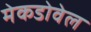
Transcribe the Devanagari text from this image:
मेकडोवेल